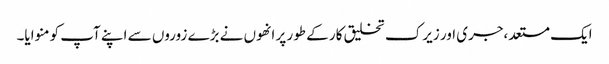
ایک مستعد،جری اور زیرک تخلیق کار کے طور پر انھوں نے بڑے زوروں سے اپنے آپ کو منوایا۔